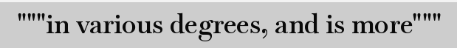
"""in various degrees, and is more"""